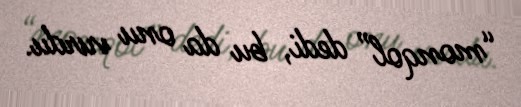
“monqol” dedi, bu da onu vurdu.